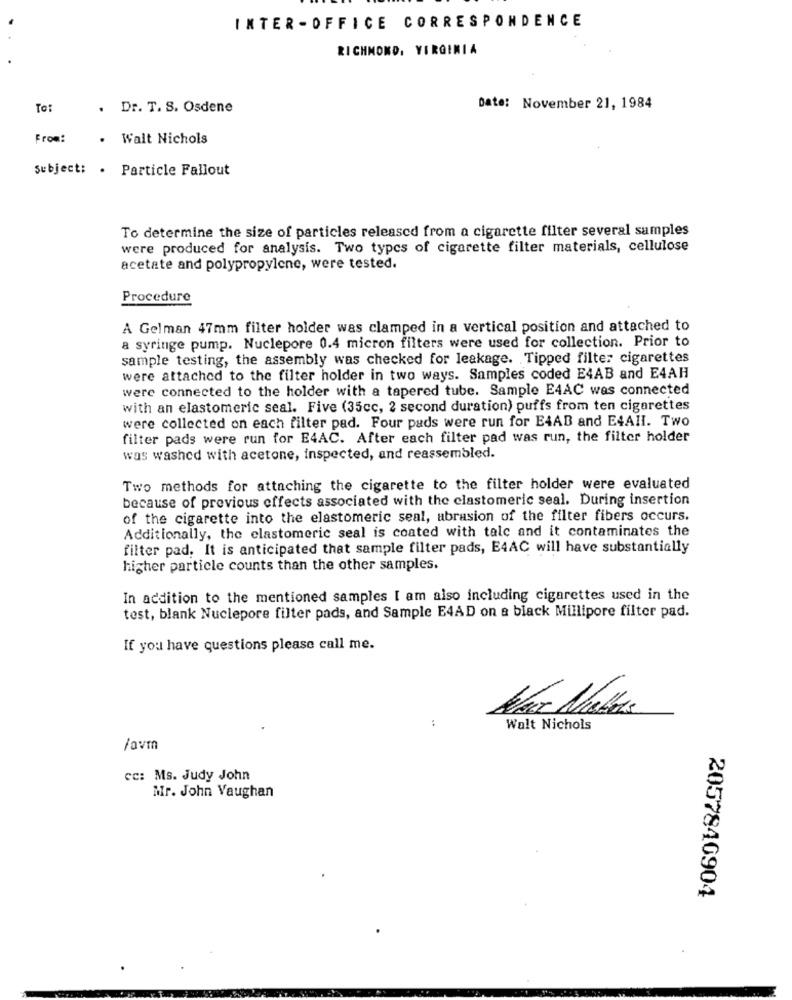
INTER - OFFICE CORRESPONDENCE
RICHMOND, VIRGINIA
To:
. Dr. T. S. Osdene
Date: November 21, 1984
From:
. Walt Nichols
Subject: . Particle Fallout
To determine the size of particles released from a cigarette filter several samples
were produced for analysis. Two types of cigarette filter materials, cellulose
acetate and polypropylene, were tested.
Procedure
A Gelman 47mm filter holder was clamped in a vertical position and attached to
a syringe pump. Nuclepore 0.4 micron filters were used for collection. Prior to
sample testing, the assembly was checked for leakage. Tipped filter cigarettes
were attached to the filter holder in two ways. Samples coded E4AB and E4AH
were connected to the holder with a tapered tube. Sample E4AC was connected
with an elastomeric seal. Five (35cc, 2 second duration) puffs from ten cigarettes
were collected on each filter pad. Four pads were run for ELAB and E4AHI. Two
filter pads were run for E4AC. After each filter pad was run, the filter holder
was washed with acetone, inspected, and reassembled.
Two methods for attaching the cigarette to the filter holder were evaluated
because of previous effects associated with the clastomeric seal. During insertion
of the cigarette into the elastomeric seal, abrasion of the filter fibers occurs.
Additionally, the elastomeric seal is coated with talc and it contaminates the
filter pad. It is anticipated that sample filter pads, E4AC will have substantially
higher particle counts than the other samples.
In addition to the mentioned samples I am also including cigarettes used in the
test, blank Nuclepore filter pads, and Sample E4AD on & black Millipore filter pad.
If you have questions please call me.
:
Walt Nichols
/avm
cc: Ms. Judy John
Mr. John Vaughan
2057840904